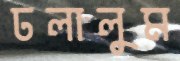
ঢলালুম